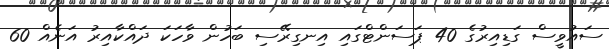
ސައުވީސް ގަޑިއިރުގެ 40 ޕަސަންޓްގައި އިނގިރޭސި ބަހުން ވާހަކަ ދައްކާއިރު އަނެއް 60